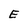
Character: E